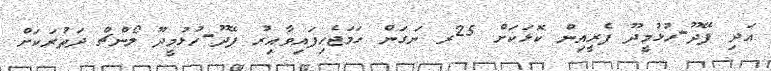
އަދި ފޭދޫ-ހުޅުމީދޫ ފެރީއިން ކޮޅަކަށް 25ރ ނަގަން ހަމަޖެހިފައިވާއިރު ފޭދޫ-ހުޅުމީދޫ ލޯންޗް ދަތުރަކަށް